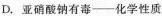
D. 亚硝酸钠有毒——化学性质